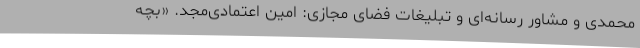
محمدی و مشاور رسانه‌ای و تبلیغات فضای مجازی: امین اعتمادی‌مجد. «بچه